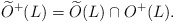
\begin{align*}\widetilde O^+(L) = \widetilde O(L) \cap O^+(L).\end{align*}